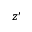
z ^ { \prime }